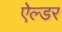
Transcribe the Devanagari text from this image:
ऐल्डर